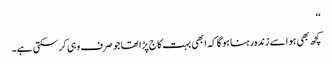
‘‘
کچھ بھی ہو اسے زندہ رہنا ہو گا کہ ابھی بہت کاج پڑا تھا جو صرف وہی کرسکتی ہے۔